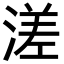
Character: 溠